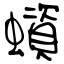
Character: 蠀